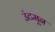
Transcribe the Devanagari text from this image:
उंटमून